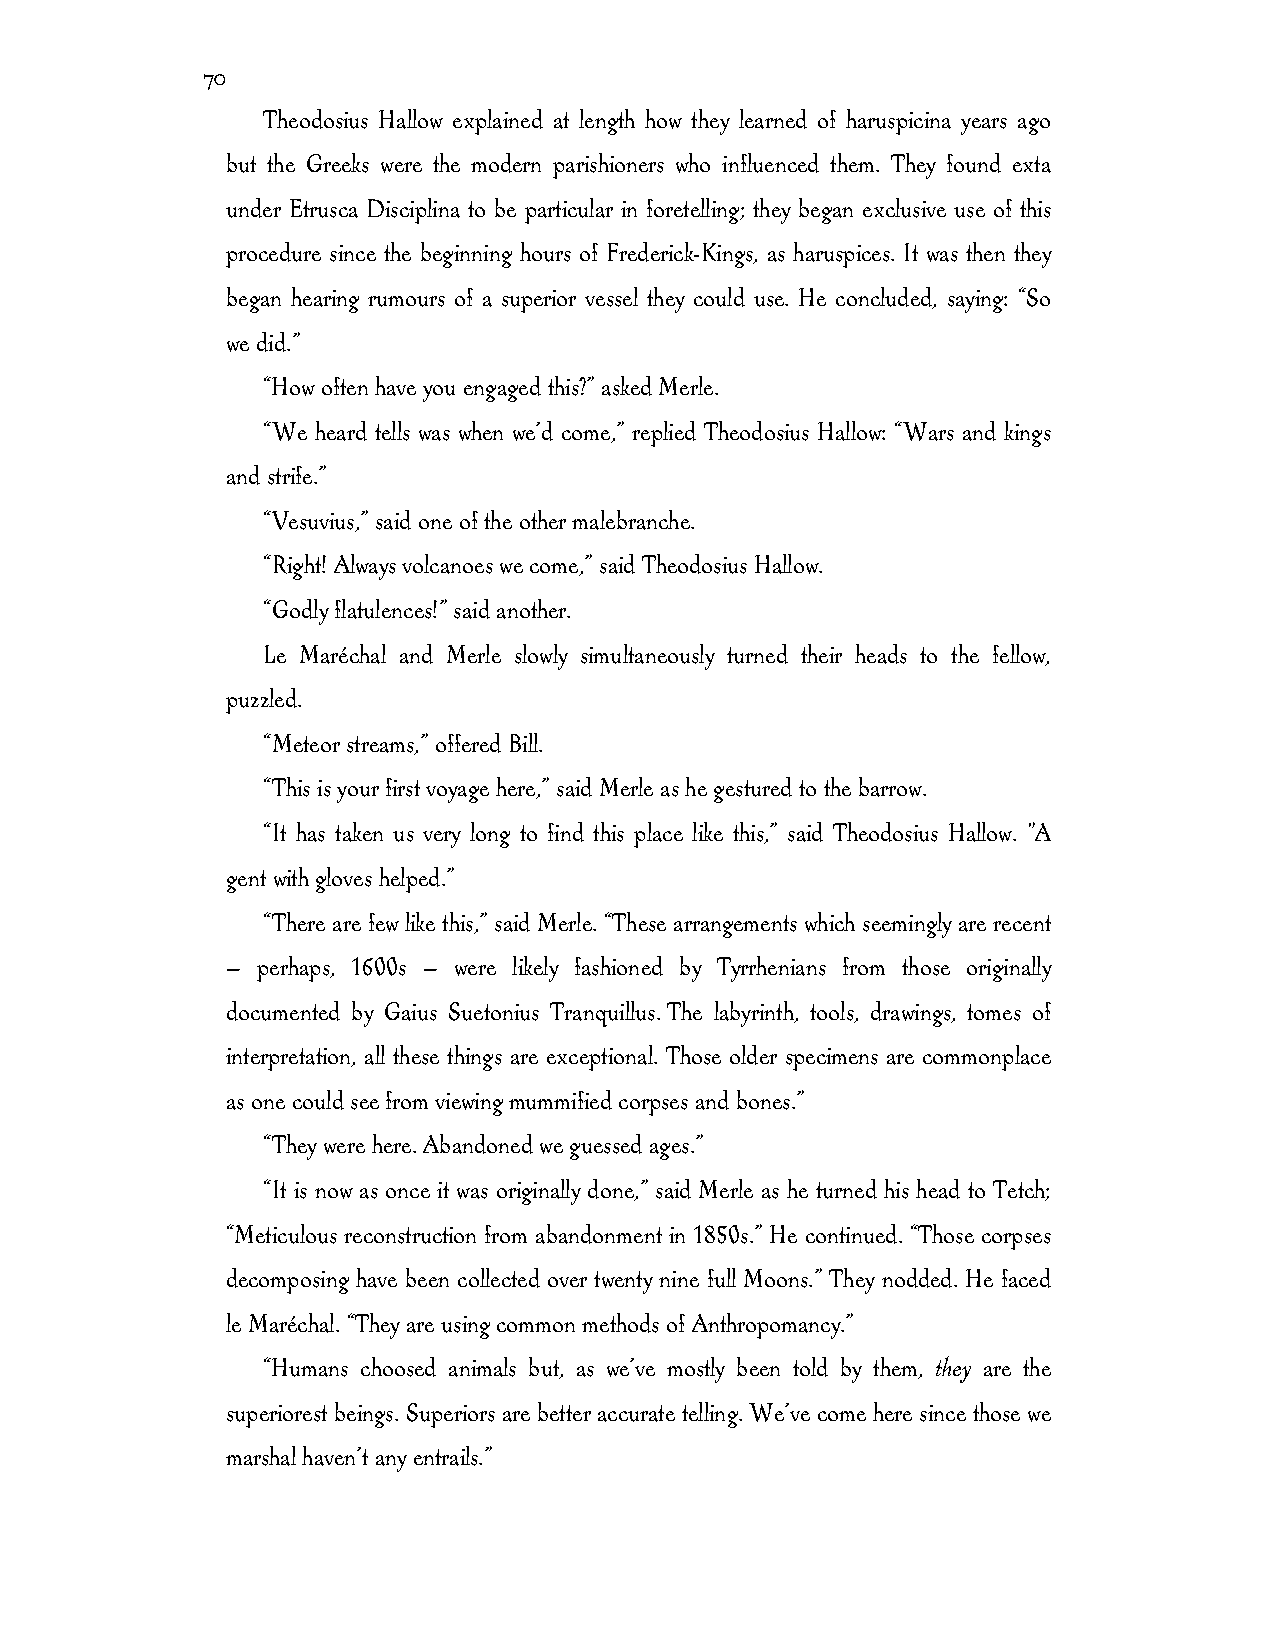
70
 Theodosius Hallow explained at length how they learned of haruspicina years ago
 but the Greeks were the modern parishioners who influenced them. They found exta
 under Etrusca Disciplina to be particular in foretelling; they began exclusive use of this
 procedure since the beginning hours of Frederick-Kings, as haruspices. It was then they
 began hearing rumours of a superior vessel they could use. He concluded, saying: “So
 we did.”
 “How often have you engaged this?” asked Merle.
 “We heard tells was when we’d come,” replied Theodosius Hallow: “Wars and kings
 and strife.”
 “Vesuvius,” said one of the other malebranche.
 “Right! Always volcanoes we come,” said Theodosius Hallow.
 “Godly flatulences!” said another.
 Le Maréchal and Merle slowly simultaneously turned their heads to the fellow,
 puzzled.
 “Meteor streams,” offered Bill.
 “This is your first voyage here,” said Merle as he gestured to the barrow.
 “It has taken us very long to find this place like this,” said Theodosius Hallow. "A
 gent with gloves helped.”
 “There are few like this,” said Merle. “These arrangements which seemingly are recent
 — perhaps, 1600s — were likely fashioned by Tyrrhenians from those originally
 documented by Gaius Suetonius Tranquillus. The labyrinth, tools, drawings, tomes of
 interpretation, all these things are exceptional. Those older specimens are commonplace
 as one could see from viewing mummified corpses and bones.”
 “They were here. Abandoned we guessed ages.”
 “It is now as once it was originally done,” said Merle as he turned his head to Tetch;
 “Meticulous reconstruction from abandonment in 1850s.” He continued. “Those corpses
 decomposing have been collected over twenty nine full Moons.” They nodded. He faced
 le Maréchal. “They are using common methods of Anthropomancy.”
 “Humans choosed animals but, as we’ve mostly been told by them, they are the
 superiorest beings. Superiors are better accurate telling. We’ve come here since those we
 marshal haven’t any entrails.”